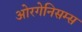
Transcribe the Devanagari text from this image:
ओरगेनिसम्स